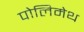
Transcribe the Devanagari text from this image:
पोलिमेथ